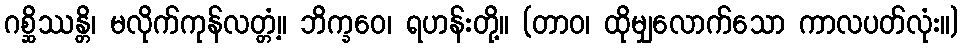
ဂစ္ဆိဿန္တိ၊ မလိုက်ကုန်လတ္တံ့။ ဘိက္ခဝေ၊ ရဟန်းတို့။ (တာဝ၊ ထိုမျှလောက်သော ကာလပတ်လုံး။)